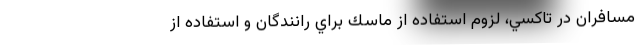
مسافران در تاكسي، لزوم استفاده از ماسك براي رانندگان و استفاده از